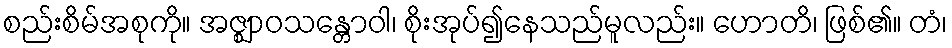
စည်းစိမ်အစုကို။ အဇ္ဈာဝသန္တောဝါ၊ စိုးအုပ်၍နေသည်မူလည်း။ ဟောတိ၊ ဖြစ်၏။ တံ၊